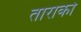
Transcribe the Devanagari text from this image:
ताराको